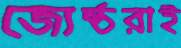
জ্যেষ্ঠরাই